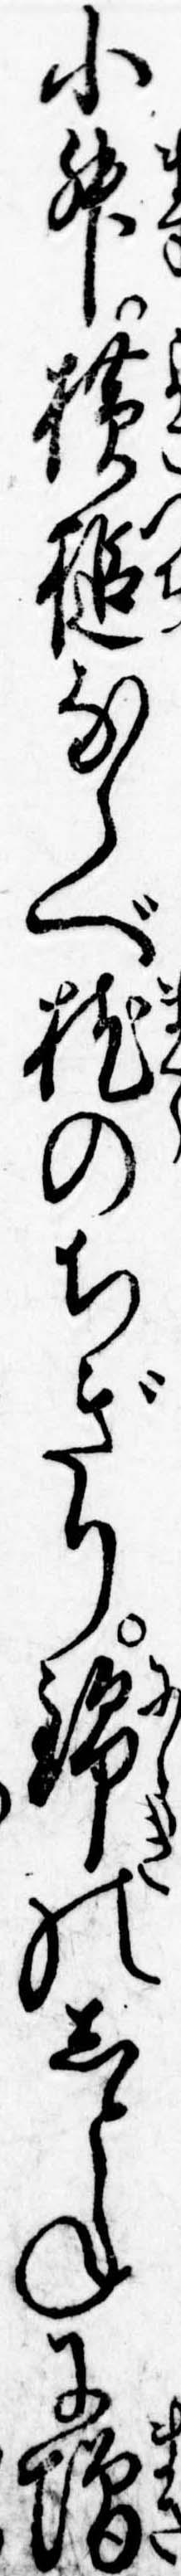
小升横槌ならべ枕のちぎり錦のしとねに増